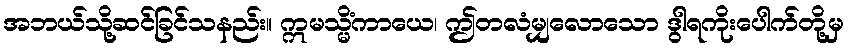
အဘယ်သို့ဆင်ခြင်သနည်း။ ဣမသ္မိံကာယေ၊ ဤတလံမျှလောသော ဒွါရကိုးပေါက်တို့မှ